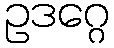
ဥဒဂ္ဂေ